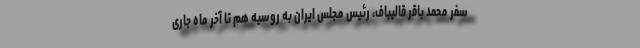
سفر محمد باقر قالیباف، رئیس مجلس ایران به روسیه هم تا آخر ماه جاری